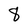
Character: 8